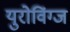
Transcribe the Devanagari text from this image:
युरोविंग्ज